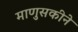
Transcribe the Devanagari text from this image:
माणुसकीने